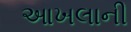
આખલાની